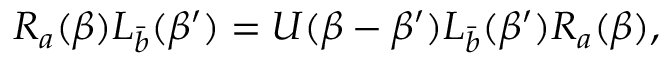
R _ { a } ( \beta ) L _ { \bar { b } } ( \beta ^ { \prime } ) = U ( \beta - \beta ^ { \prime } ) L _ { \bar { b } } ( \beta ^ { \prime } ) R _ { a } ( \beta ) ,